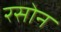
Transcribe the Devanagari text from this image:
रसोन